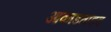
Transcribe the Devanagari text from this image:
आकाडतांडव